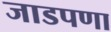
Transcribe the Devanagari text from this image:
जाडपणा